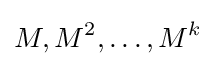
M,M^{2},\dots ,M^{k}